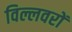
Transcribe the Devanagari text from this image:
विल्लवरों